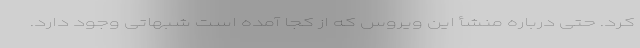
کرد. حتی درباره منشأ این ویروس که از کجا آمده است شبهاتی وجود دارد.